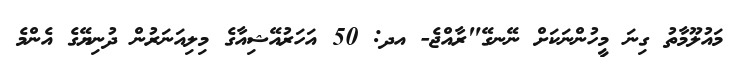
މައުލޫމާތު ގިނަ މީހުންނަކަށް ނޭނގޭ"ރާއްޖެ- އދ: 50 އަހަރުއޭޝިއާގެ މިލިއަނަރުން ދުނިޔޭގެ އެންމެ